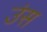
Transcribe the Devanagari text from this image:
उंस